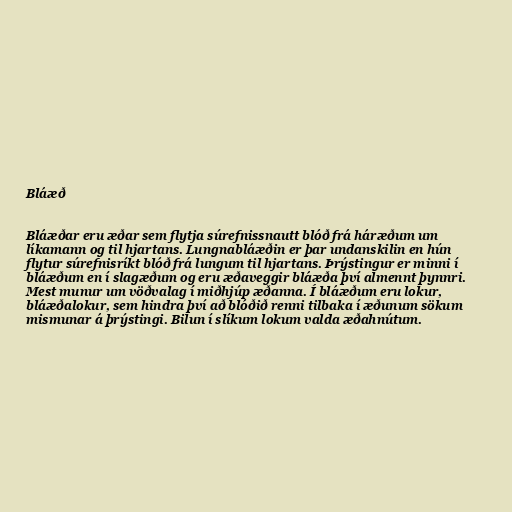
Bláæð

Bláæðar eru æðar sem flytja súrefnissnautt blóð frá háræðum um
líkamann og til hjartans. Lungnabláæðin er þar undanskilin en hún
flytur súrefnisríkt blóð frá lungum til hjartans. Þrýstingur er minni í
bláæðum en í slagæðum og eru æðaveggir bláæða því almennt þynnri.
Mest munur um vöðvalag í miðhjúp æðanna. Í bláæðum eru lokur,
bláæðalokur, sem hindra því að blóðið renni tilbaka í æðunum sökum
mismunar á þrýstingi. Bilun í slíkum lokum valda æðahnútum.